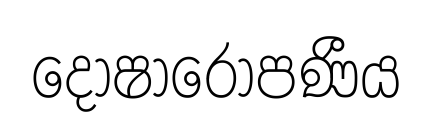
දෝෂාරෝපණීය